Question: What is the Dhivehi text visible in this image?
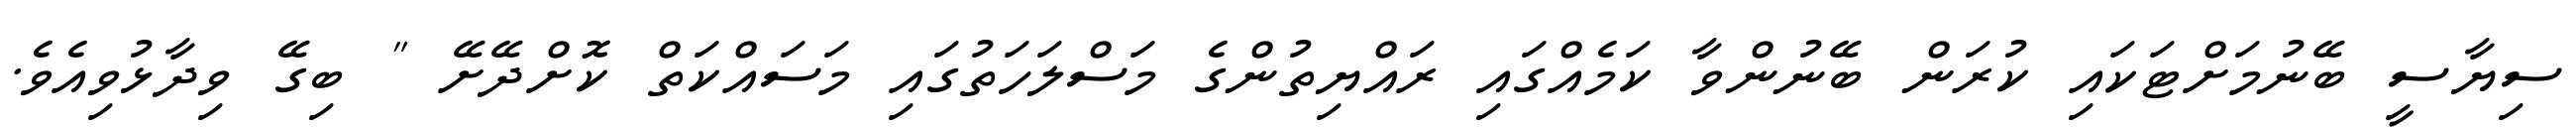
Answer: ސިޔާސީ ބޭނުމަށްޓަކައި ކުރަން ބޭނުންވާ ކަމެއްގައި ރައްޔިތުންގެ މަސްލަހަތުގައި މަސައްކަތް ކޮށްދޭށޭ " ބިގޭ ވިދާޅުވިއެވެ.